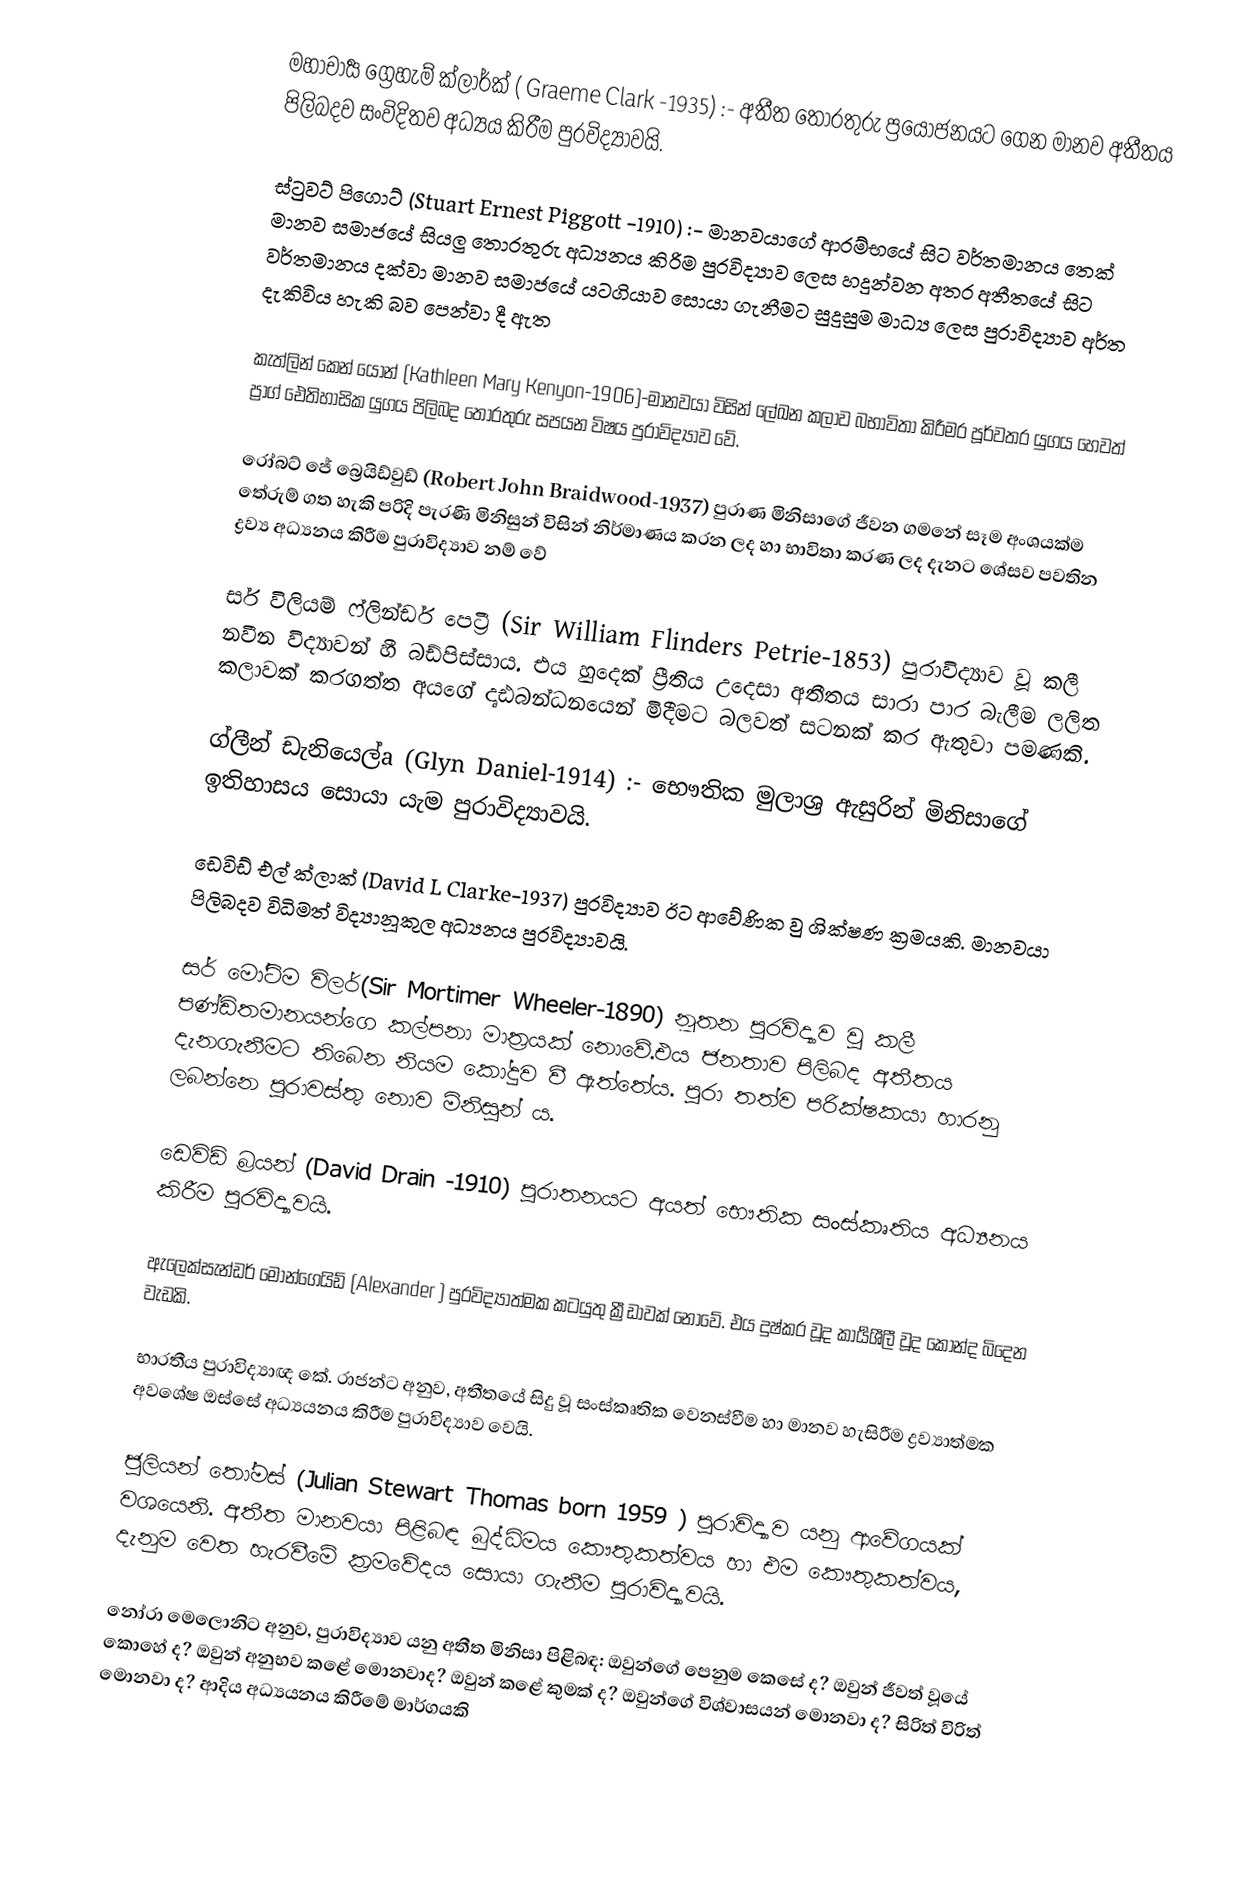
මහාචාර්‍ය ග්‍රෙහැම් ක්ලාර්ක් ( Graeme Clark -1935) :- අතීත තොරතුරු ප්‍රයෝජනයට ගෙන මානව අතීතය පිලිබදව සංවිදිතව අධ්‍යය කිරීම  පුරවිද්‍යාවයි.

ස්ටුවට් පිගොට් (Stuart Ernest Piggott -1910) :- මානවයාගේ ආරම්භයේ සිට වර්තමානය තෙක් මානව සමාජයේ සියලු තොරතුරු අධ්‍යනය කිරිම පුරවිද්‍යාව ලෙස හදුන්වන අතර අතීතයේ සිට වර්තමානය දක්වා මානව සමාජයේ යටගියාව සොයා ගැනීමට සුදුසුම මාධ්‍ය ලෙස පුරාවිද්‍යාව අර්ත දැකිවිය හැකි බව පෙන්වා දී ඇත

කැත්ලින් කෙන්‍ යෝන් (Kathleen Mary Kenyon-1906)-මානවයා විසින් ලේඛන කලාව බභාවිතා කිරීමර පූර්වතර යුගය හෙවත් ප්‍රාග් ඓතිහාසික යුගය පිලිබද තොරතුරු සපයන විෂය පුරාවිද්‍යාව වේ.

රෝබට් ජේ බ්‍රෙයිඩ්වුඩ් (Robert John Braidwood-1937) පුරාණ මිනිසාගේ ජීවන ගමනේ සෑම අංශයක්ම  තේරුම් ගත හැකි පරිදි පැරණි මිනිසුන් විසින් නිර්මාණය කරන ලද හා භාවිතා කරණ ලද දැනට ශේසව පවතින ද්‍රව්‍ය අධ්‍යනය කිරීම පුරාවිද්‍යාව නම් වේ

සර් විලියම් ෆ්ලින්ඩර් පෙට්‍රී  (Sir William Flinders Petrie-1853) පුරාවිද්‍යාව වූ කලී නවීන විද්‍යාවන් හී බඩ්පිස්සාය. එය හුදෙක් ප්‍රීතිය උදෙසා අතීතය සාරා පාර බැලීම ලලිත කලාවක් කරගත්ත අයගේ දෘඪබන්ධනයෙන් මිදීමට බලවත් සටනක් කර ඇතුවා පමණකි.

ග්ලීන් ඩැනියෙල්a (Glyn Daniel-1914) :-  භෞතික මුලාශ්‍ර ඇසුරින් මිනිසාගේ ඉතිහාසය සොයා යැම පුරාවිද්‍යාවයි.

ඩෙවිඩ් එල් ක්ලාක් (David L Clarke-1937) පුරවිද්‍යාව ඊට ආවේණික වු ශික්ෂණ ක්‍රමයකි. මානවයා පිලිබදව විධිමත් විද්‍යානූකුල අධ්‍යනය පුරවිද්‍යාවයි.

සර් මෝටිම විලර්(Sir Mortimer Wheeler-1890)  නූතන පුරවිද්‍යාව වූ කලී පණ්ඩිතමානයන්ගෙ කල්පනා මාත්‍රයක් නොවේ.එය ජනතාව පිලිබද අතීතය දැනගැනීමට තිබෙන නියම කෝදුව වී ඇත්තේය. පුරා තත්ව පරික්ෂකයා හාරනු ලබන්නෙ පුරාවස්තු නොව මිනිසුන් ය.

ඩෙවිඩ් බ්‍රයන්   (David Drain -1910)       පුරාතනයට අයත් භෞතික සංස්කෘතිය අධ්‍යනය කිරීම පුරවිද්‍යාවයි.

ඇලෙක්සැන්ඩර් මොන්ගෙයිඩ් (Alexander )   පුරවිද්‍යාත්මක කටයුතු ක්‍රීඩාවක් නොවේ. එය දුෂ්කර වූද කාර්‍යශීලී වූද කොන්ද බිදෙන වැඩකි.

භාරතීය පුරාවිද්‍යාඥ කේ. රාජන්ට අනුව, අතීතයේ සිදු වූ සංස්කෘතික වෙනස්වීම හා මානව හැසිරීම ද්‍රව්‍යාත්මක අවශේෂ ඔස්සේ අධ්‍යයනය කිරීම පුරාවිද්‍යාව වෙයි.

ජූලියන් තෝමස් (Julian Stewart Thomas born 1959 ) පුරාවිද්‍යාව යනු ආවේගයක් වශයෙනි. අතීත මානවයා පිළිබඳ බුද්ධිමය කෞතුකත්වය හා එම කෞතුකත්වය, දැනුම වෙත හැරවීමේ ක‍්‍රමවේදය සොයා ගැනීම පුරාවිද්‍යාවයි.

නෝරා මෙලොනිට අනුව, පුරාවිද්‍යාව යනු අතීත මිනිසා පිළිබඳ: ඔවුන්ගේ පෙනුම කෙසේ ද? ඔවුන් ජීවත් වූයේ කොහේ ද? ඔවුන් අනුභව කළේ මොනවාද? ඔවුන් කළේ කුමක් ද? ඔවුන්ගේ විශ්වාසයන් මොනවා ද? සිරිත් විරිත් මොනවා ද? ආදිය අධ්‍යයනය කිරීමේ මාර්ගයකි